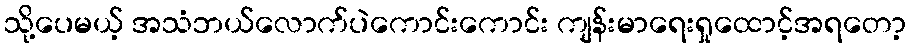
သို့ပေမယ့် အသံဘယ်လောက်ပဲကောင်းကောင်း ကျန်းမာရေးရှုထောင့်အရတော့